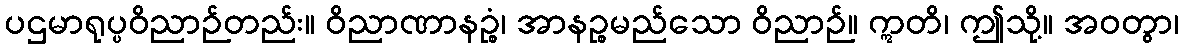
ပဌမာရုပ္ပဝိညာဉ်တည်း။ ဝိညာဏာနဉ္စံ၊ အာနဉ္စမည်သော ဝိညာဉ်။ ဣတိ၊ ဤသို့။ အဝတွာ၊